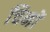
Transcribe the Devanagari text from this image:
चिनों